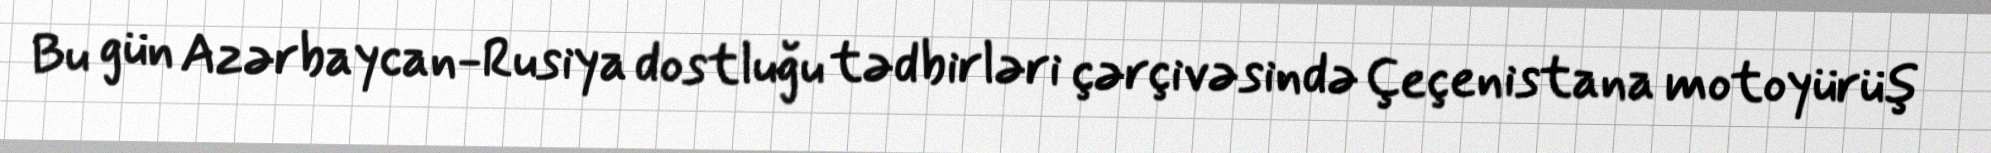
Bu gün Azərbaycan-Rusiya dostluğu tədbirləri çərçivəsində Çeçenistana motoyürüş